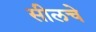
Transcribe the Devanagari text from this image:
सीलचे